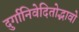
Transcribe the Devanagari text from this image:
दुर्गानिवेदितोद्भावो